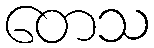
တေသ